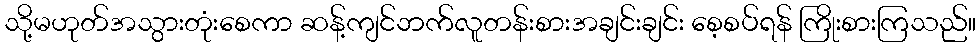
သို့မဟုတ်အသွားတုံးစေကာ ဆန့်ကျင်ဘက်လူတန်းစားအချင်းချင်း စေ့စပ်ရန် ကြိုးစားကြသည်။